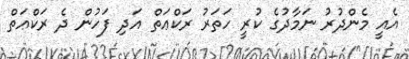
އެއީ މެންދުރު ނަމާދުގެ ކުރީ ހަތަރު ރަކްޢަތް އަދި ފަހުން ދެ ރަކްޢަތް